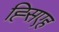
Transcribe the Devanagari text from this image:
ह्सिएह